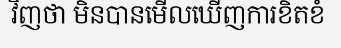
វិញថា មិនបានមើលឃើញការខិតខំ